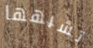
تشبهها